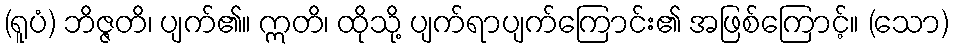
(ရူပံ) ဘိဇ္ဇတိ၊ ပျက်၏။ ဣတိ၊ ထိုသို့ ပျက်ရာပျက်ကြောင်း၏ အဖြစ်ကြောင့်။ (သော)